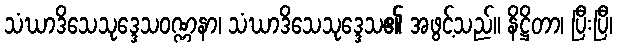
သံဃာဒိသေသုဒ္ဒေသဝဏ္ဏနာ၊ သံဃာဒိသေသုဒ္ဒေသ၏ အဖွင့်သည်။ နိဋ္ဌိတာ၊ ပြီးပြီ၊